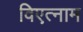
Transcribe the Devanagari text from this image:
विएत्नाम